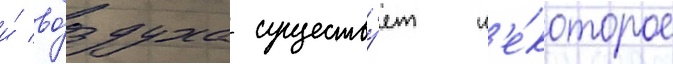
и́ во́здуха существу́ет н'е́которое